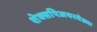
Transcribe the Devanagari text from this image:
शेक्सपिअयरवेड्या